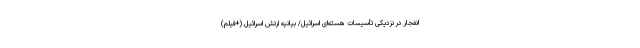
انفجار در نزدیکی تأسیسات هسته‌ای اسرائیل/ بیانیه ارتش اسرائیل (+فیلم)